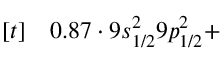
\begin{array} { r l } { [ t ] } & { { } 0 . 8 7 \cdot 9 s _ { 1 / 2 } ^ { 2 } 9 p _ { 1 / 2 } ^ { 2 } + } \end{array}